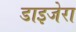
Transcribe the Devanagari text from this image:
डाइजेरा